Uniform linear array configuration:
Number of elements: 8
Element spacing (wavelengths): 0.75
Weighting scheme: kaiser
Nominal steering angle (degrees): -15
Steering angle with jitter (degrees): -15.339
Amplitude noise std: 0.05
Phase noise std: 0.05

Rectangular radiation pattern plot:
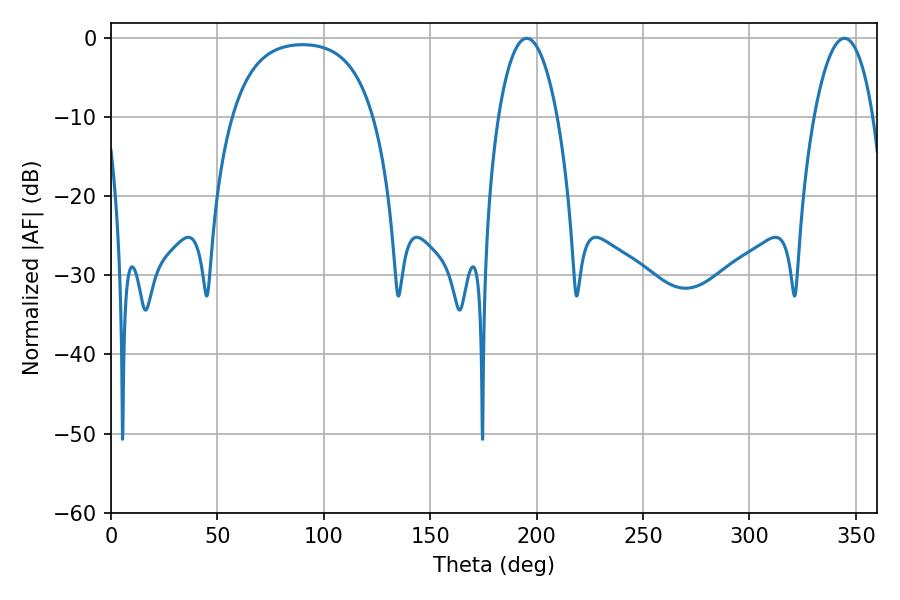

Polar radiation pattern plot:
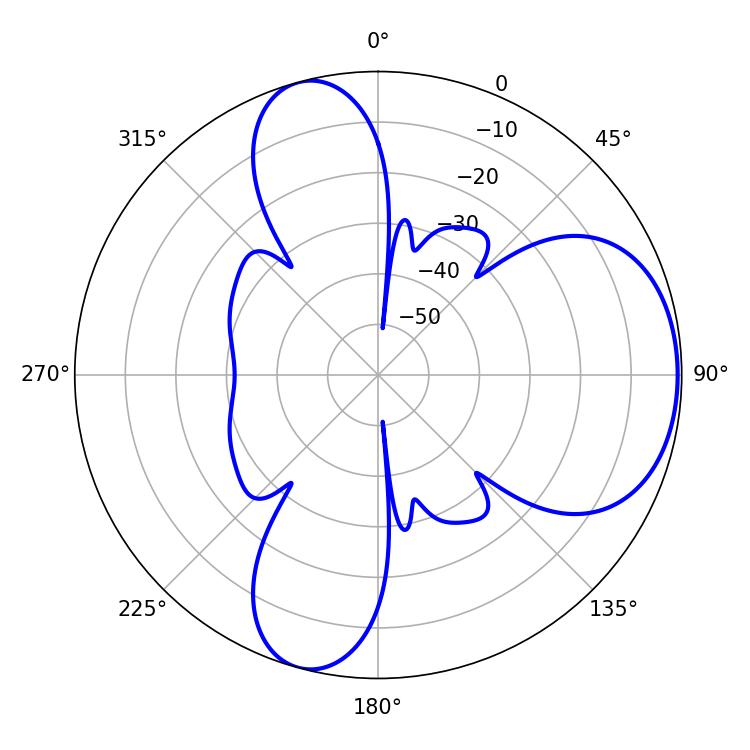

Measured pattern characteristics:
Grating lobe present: TRUE
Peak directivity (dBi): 6.241
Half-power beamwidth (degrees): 15.48
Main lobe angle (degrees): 195.3